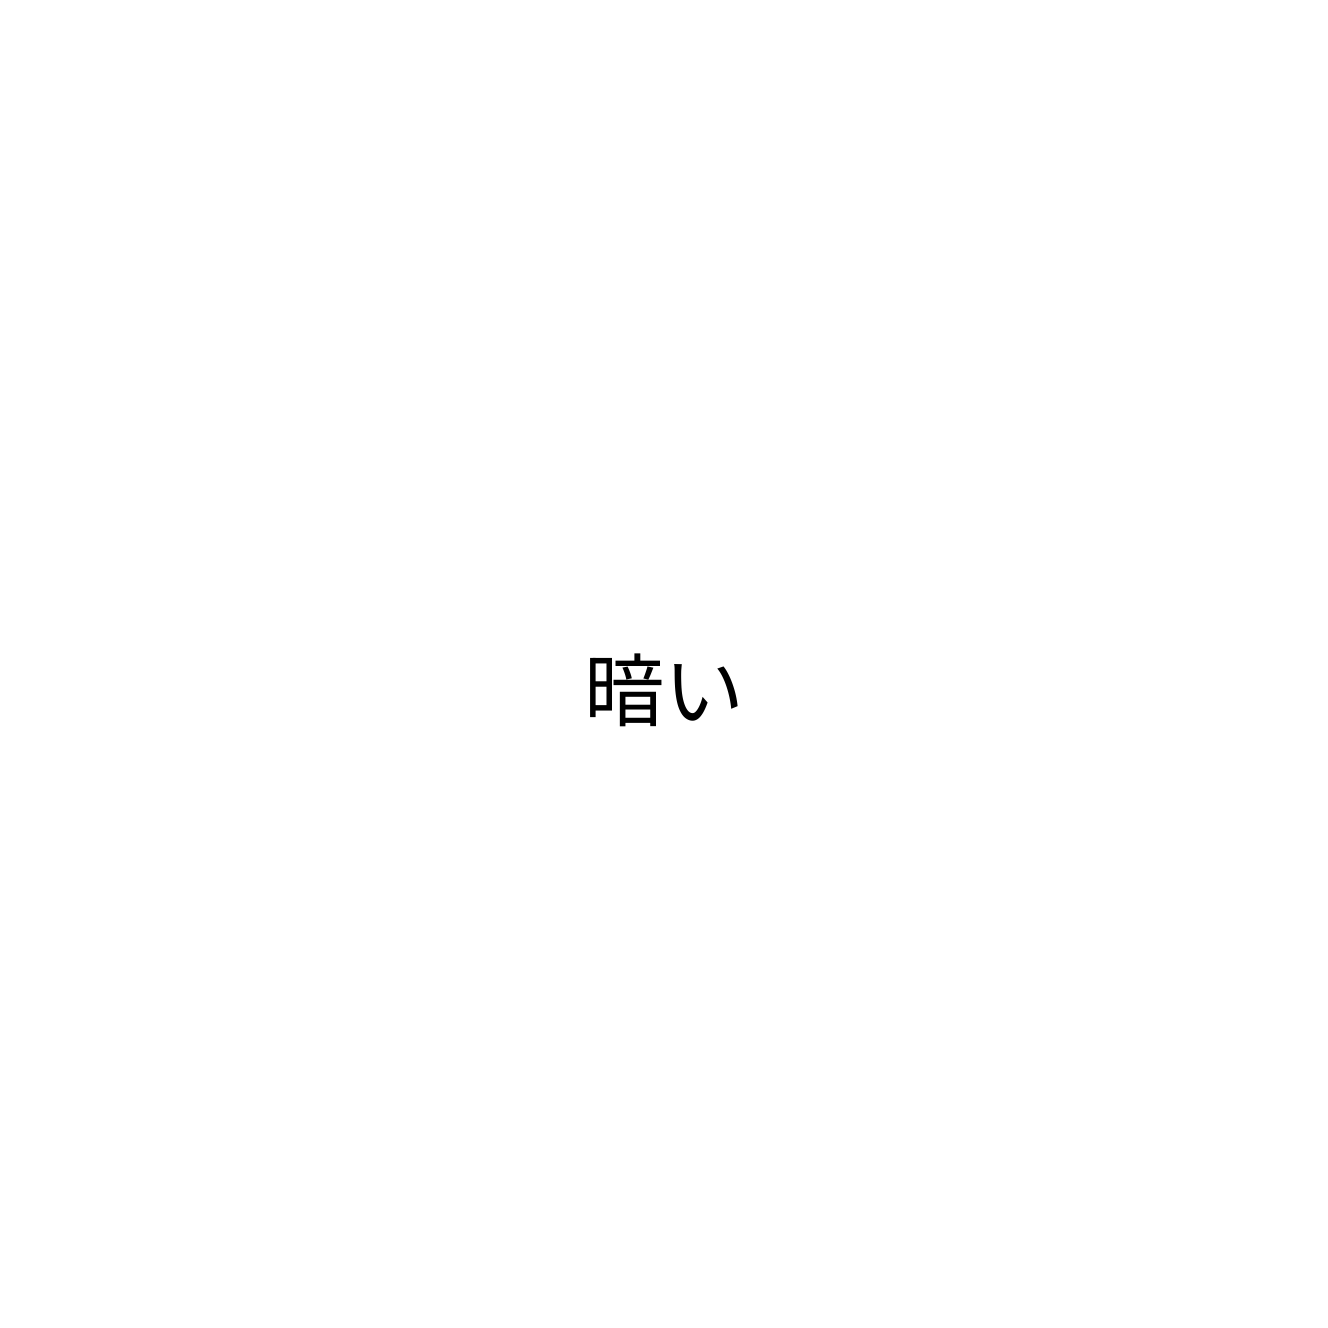
暗い